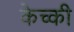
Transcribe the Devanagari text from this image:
केच्की